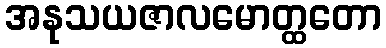
အနုသယဇာလမောတ္ထတော